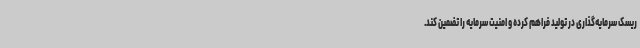
ریسک سرمایه‌گذاری در تولید فراهم کرده و امنیت سرمایه را تضمین کند.